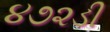
૪૭૨ડી